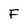
Character: F